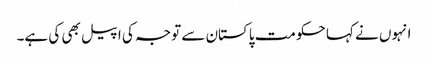
انہوں نے کہا حکومت پاکستان سے توجہ کی اپیل بھی کی ہے۔